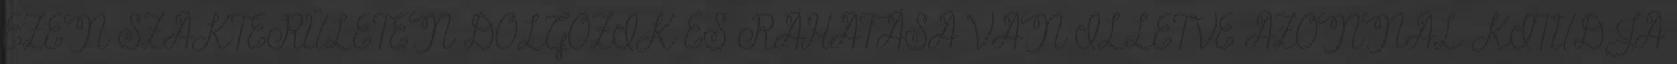
EZEN SZAKTERÜLETEN DOLGOZIK ÉS RÁHATÁSA VAN ILLETVE AZONNAL KITUDJA